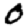
Digit: 0